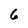
Character: 6